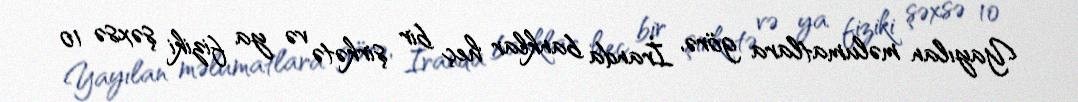
Yayılan məlumatlara görə, İranda banklar heç bir şirkətə və ya fiziki şəxsə 10